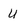
Character: U